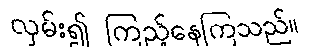
လှမ်း၍ ကြည့်နေကြသည်။